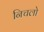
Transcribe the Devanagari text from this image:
निचलो